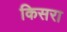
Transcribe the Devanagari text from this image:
किसरा